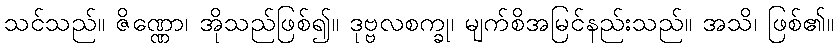
သင်သည်။ ဇိဏ္ဏော၊ အိုသည်ဖြစ်၍။ ဒုဗ္ဗလစက္ခု၊ မျက်စိအမြင်နည်းသည်။ အသိ၊ ဖြစ်၏။